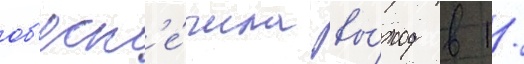
об'есп'е́чила вы́ход в 1/